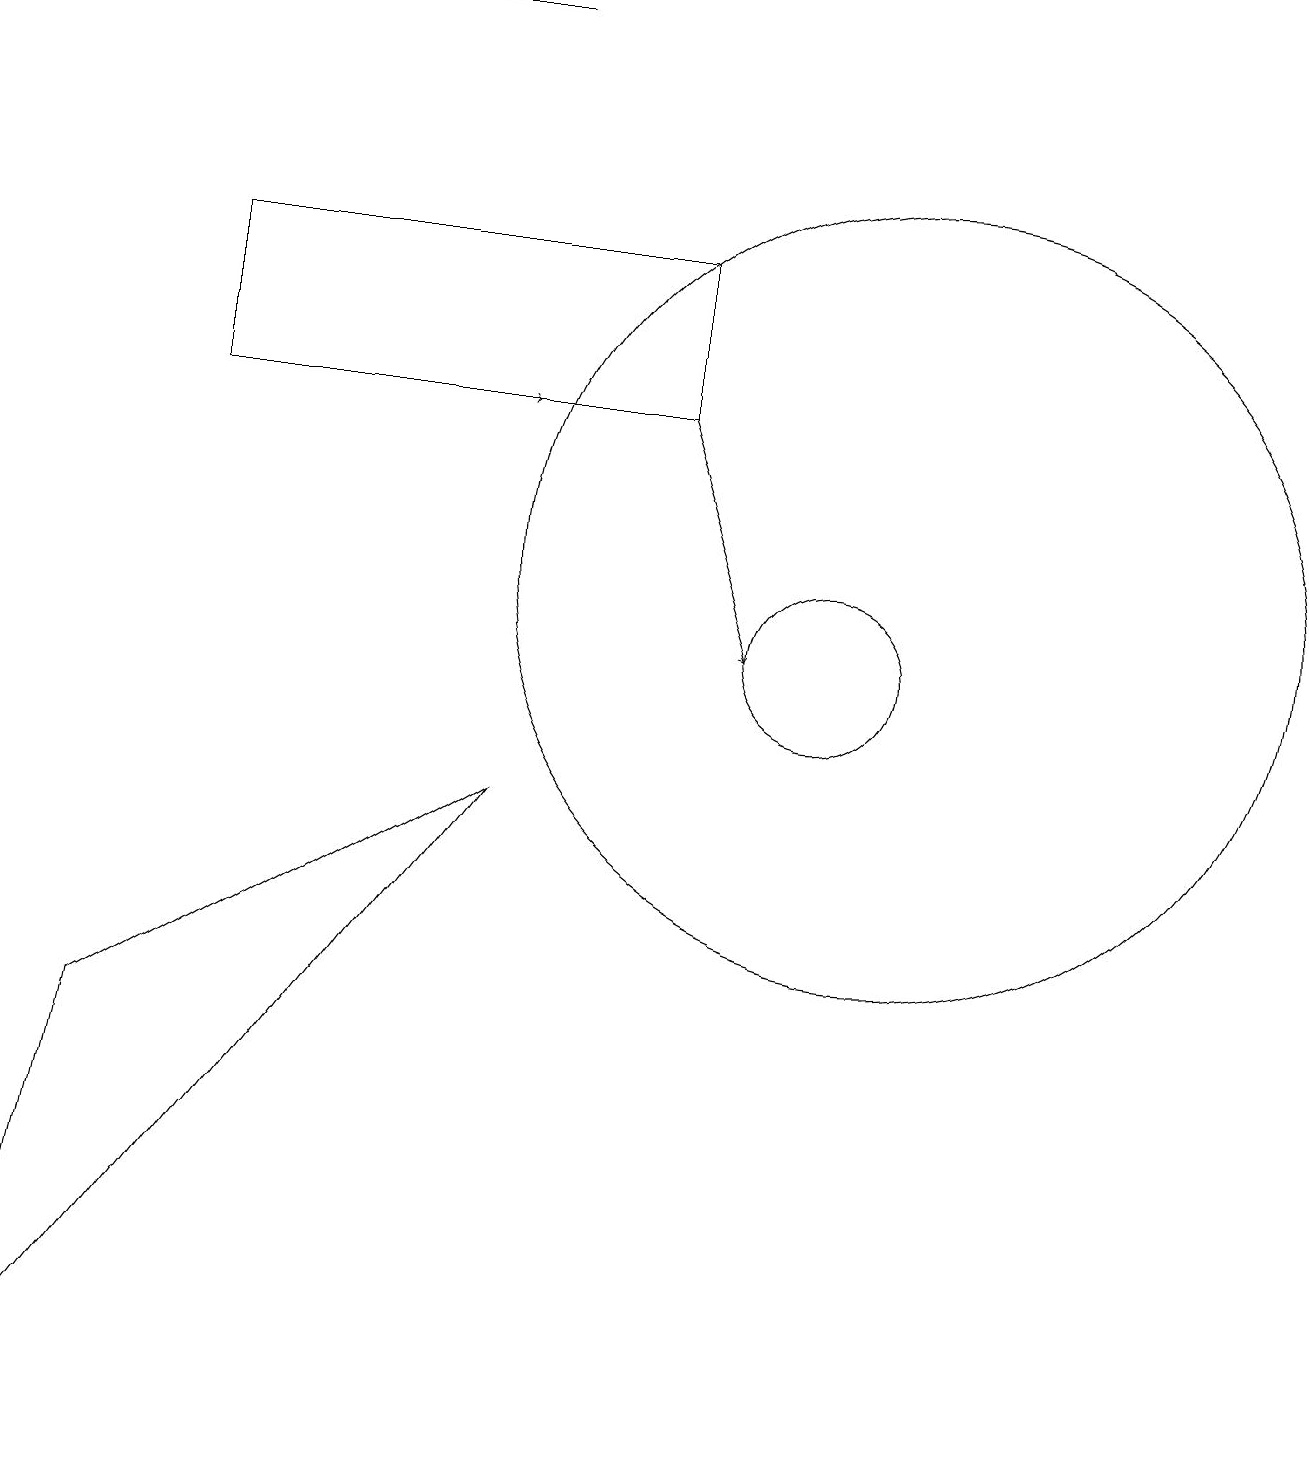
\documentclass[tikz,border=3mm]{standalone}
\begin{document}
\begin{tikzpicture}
\draw (11,12) circle (5);
\draw (6,19) rectangle (3,19);
\draw (10,11) circle (1);
\draw (2,16) rectangle (8,14);
\draw (1,6) -- (0,1) -- (6,9) -- cycle;
\draw[->] (8,14) -- (9,11);
\draw[->] (3,14) -- (6,14);
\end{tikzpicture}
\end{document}